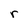
Character: r